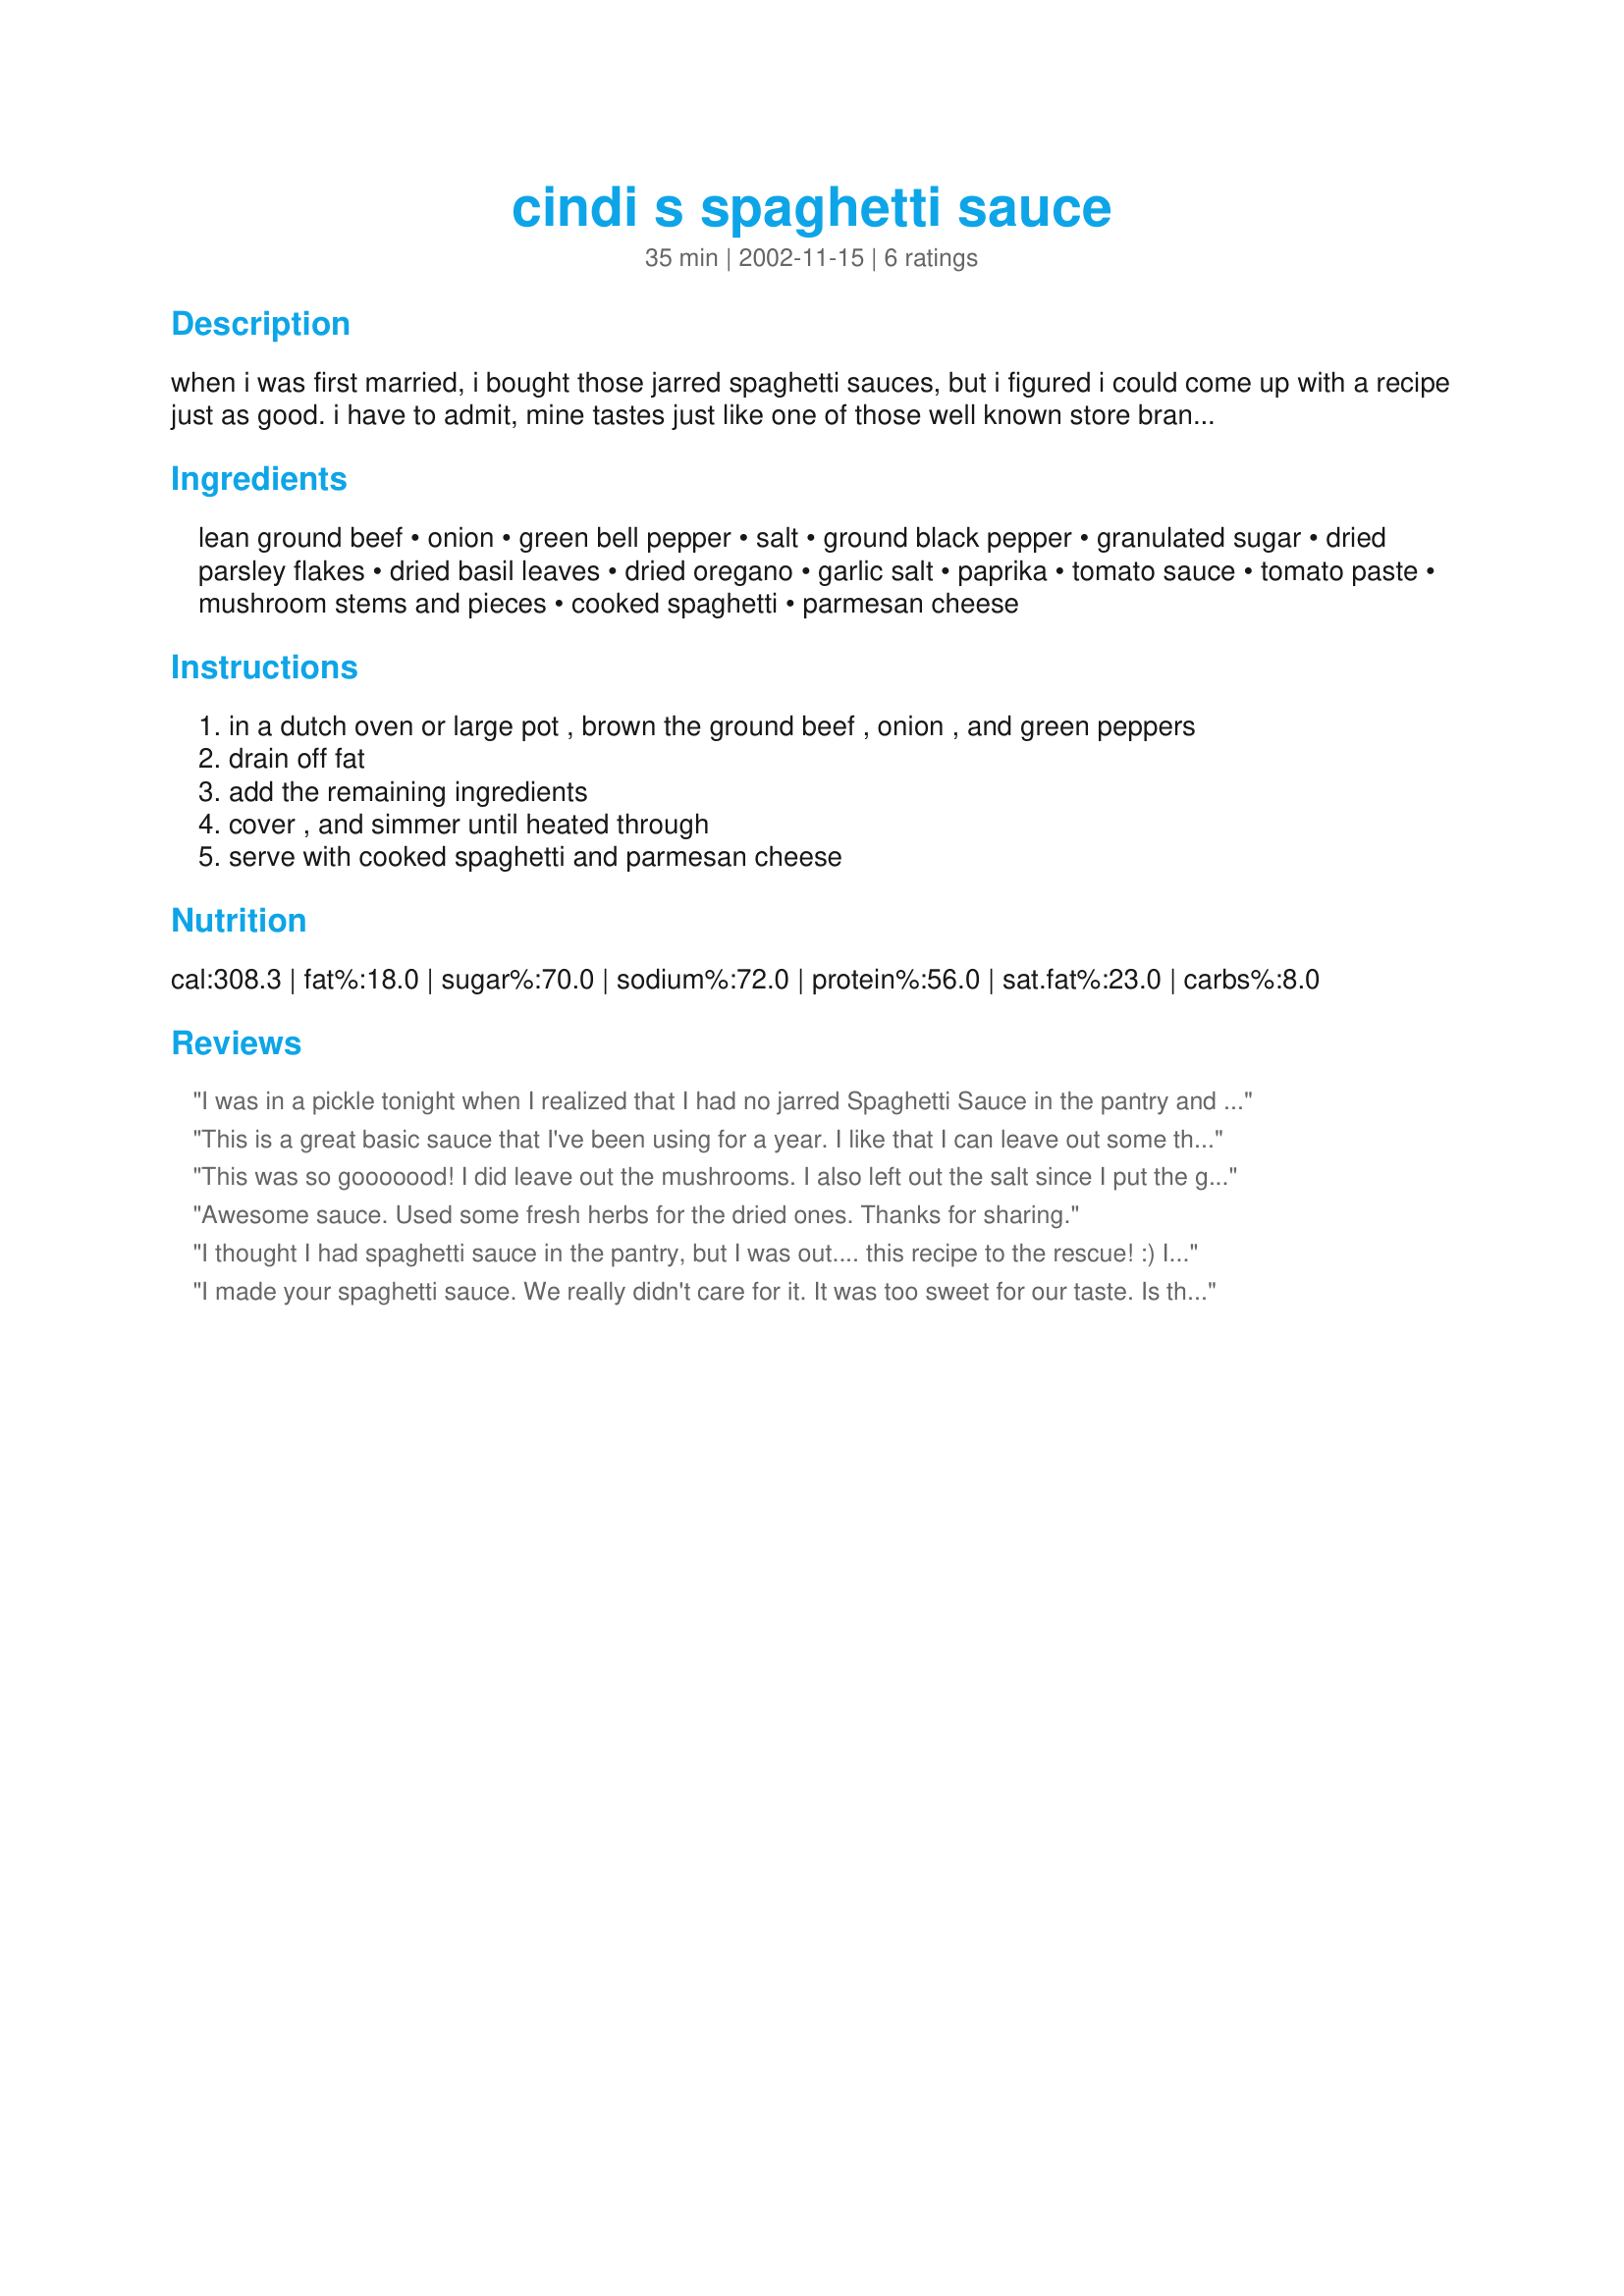
cindi s spaghetti sauce
Preparation time: 35 minutes

when i was first married, i bought those jarred spaghetti sauces, but i figured i could come up with a recipe just as good. i have to admit, mine tastes just like one of those well known store brand names. and now that the stores are always reducing the amount in their jarred sauces; i'm glad my recipe makes enough to go around.

Ingredients:
lean ground beef, onion, green bell pepper, salt, ground black pepper, granulated sugar, dried parsley flakes, dried basil leaves, dried oregano, garlic salt, paprika, tomato sauce, tomato paste, mushroom stems and pieces, cooked spaghetti, parmesan cheese

Steps:
in a dutch oven or large pot , brown the ground beef , onion , and green peppers, drain off fat, add the remaining ingredients, cover , and simmer until heated through, serve with cooked spaghetti and parmesan cheese

Reviews:
I was in a pickle tonight when I realized that I had no jarred Spaghetti Sauce in the pantry and Spaghetti was for dinner! Thanks for coming to our rescue with this quick & easy sauce! 
I followed the ingredients exactly with the following exceptions - left out the green pepper and canned mushrooms ('cause we didn't have any) and held back some of the salt because I always add salt to taste (if possible) to avoid over-salting. I found that about 1/4 T. salt worked for us with the 1/2 t. garlic salt in there too (of course your mileage may vary depending on the salt content of your tomato products). I loved how quick it was to whip together - and imagine it would be wonderful if it was given time to simmer longer as well.
I have a feeling after having this sauce my family may not *let* me go back to jarred! Thanks a bunch D.G.!
This is a great basic sauce that I've been using for a year. I like that I can leave out some things and put in some things depending on what I have in the pantry. Very flexible.
This was so gooooood! I did leave out the mushrooms. I also left out the salt since I put the garlic salt in. I also used all of the sugar, brown sugar actually. Also I pureed my onions and peppers w/ a can of the sauce. I like the flavor they give, just dont like the texture. I also liked that the pepper wasnt too over powering. I will definetly make this again.
Awesome sauce. Used some fresh herbs for the dried ones. Thanks for sharing.
I thought I had spaghetti sauce in the pantry, but I was out.... this recipe to the rescue! :) I made it mostly as directed, leaving out the green pepper (didn't have any) and the paprika (forgot it). Next time I would add some crushed tomatoes, too. I'll definitely make this again- thanks for sharing!
I made your spaghetti sauce. We really didn't care for it. It was too sweet for our taste. Is the 4 Tablespoons a typo> Maybe it should be 4 tsp.? Sorry.
